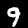
Digit: 9